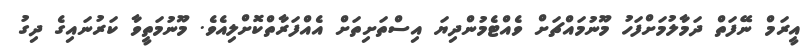
އީރަމް ނޭފަތް ދަމާލުމަށްފަހު މޫނުމައްޗަށް ވެއްޓެމުންދިޔަ އިސްތަށިތަށް އެއްފަރާތްކޮށްލިއެވެ. މޫނުމަތީވާ ކަރުނައިގެ ދިގު